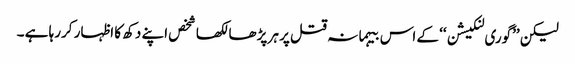
لیکن ’’گوری لنکیشن‘‘ کے اس بیہمانہ قتل پر ہر پڑھا لکھا شخص اپنے دکھ کا اظہار کررہا ہے ۔